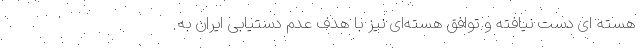
هسته ای دست نیافته و توافق هسته‌ای نیز با هدف عدم دستیابی ایران به